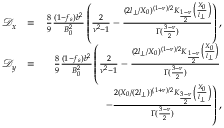
\begin{array} { r l r } { \mathcal { D } _ { x } } & { = } & { \frac { 8 } { 9 } \frac { ( 1 - f _ { s } ) b ^ { 2 } } { B _ { 0 } ^ { 2 } } \left( \frac { 2 } { \nu ^ { 2 } - 1 } - \frac { ( 2 l _ { \perp } / X _ { 0 } ) ^ { ( 1 - \nu ) / 2 } K _ { \frac { 1 - \nu } { 2 } } \left( \frac { X _ { 0 } } { l _ { \perp } } \right) } { \Gamma ( \frac { 3 - \nu } { 2 } ) } \right) , } \\ { \mathcal { D } _ { y } } & { = } & { \frac { 8 } { 9 } \frac { ( 1 - f _ { s } ) b ^ { 2 } } { B _ { 0 } ^ { 2 } } \left( \frac { 2 } { \nu ^ { 2 } - 1 } - \frac { ( 2 l _ { \perp } / X _ { 0 } ) ^ { ( 1 - \nu ) / 2 } K _ { \frac { 1 - \nu } { 2 } } \left( \frac { X _ { 0 } } { l _ { \perp } } \right) } { \Gamma ( \frac { 3 - \nu } { 2 } ) } \right. } \\ & { } & { \left. - \frac { 2 ( X _ { 0 } / ( 2 l _ { \perp } ) ) ^ { ( 1 + \nu ) / 2 } K _ { \frac { 3 - \nu } { 2 } } \left( \frac { X _ { 0 } } { l _ { \perp } } \right) } { \Gamma ( \frac { 3 - \nu } { 2 } ) } \right) , } \end{array}